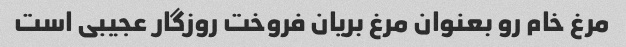
مرغ خام رو بعنوان مرغ بریان فروخت روزگار عجیبی است